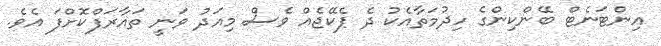
އިންޓަނެޓް ބޭންކިންގެ ހިދުމަތާއެކު ދެ ޕެކޭޖެއް ވެސް މިއަދު ވަނީ ތައާރަފްކޮށްފަ އެވެ.